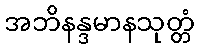
အဘိနန္ဒမာနသုတ္တံ